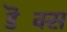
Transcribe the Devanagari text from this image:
डॆक्स